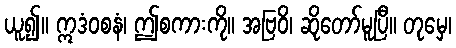
ယူ၍။ ဣဒံဝစနံ၊ ဤစကားကို။ အဗြဝိ၊ ဆိုတော်မူပြီ။ တုမှေ၊